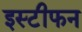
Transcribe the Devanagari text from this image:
इस्टीफन